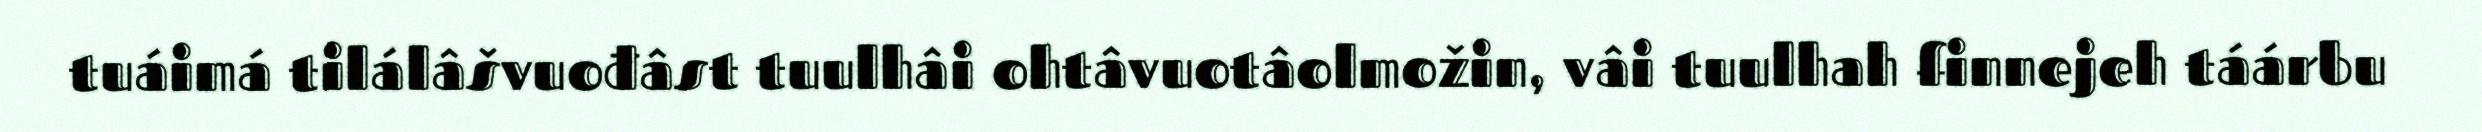
tuáimá tilálâšvuođâst tuulhâi ohtâvuotâolmožin, vâi tuulhah finnejeh táárbu